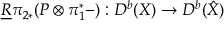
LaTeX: \underline { { { R } } } \pi _ { 2 * } ( { \cal P } \otimes \pi _ { 1 } ^ { * } - ) : D ^ { b } ( X ) \rightarrow D ^ { b } ( \hat { X } )